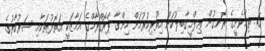
6. ތިމާވެށީގެ ރޮނގުން ޢިލްމީޤާބިލުކަން އިތުރިކުރުމަށް ހިންގާ ޕްރޮގްރާމްގެ އަމާޒަކީ އަތޮޅުތަކާއި ސަރުކާރުގެ